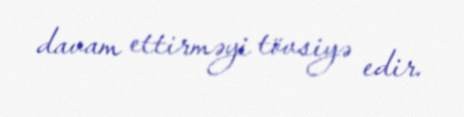
davam ettirməyi tövsiyə edir.